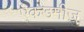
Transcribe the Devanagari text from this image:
ऐकडमीज़